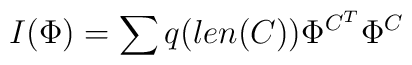
I(\Phi) = \sum q(len(C)) \Phi^{C^T} \Phi^C